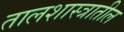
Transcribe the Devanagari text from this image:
तालशास्त्रातील